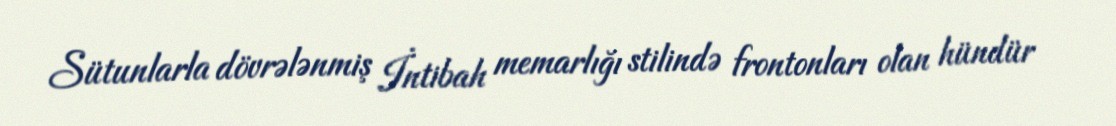
Sütunlarla dövrələnmiş İntibah memarlığı stilində frontonları olan hündür